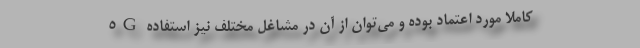
5G کاملاً مورد اعتماد بوده و می‌توان از آن در مشاغل مختلف نیز استفاده